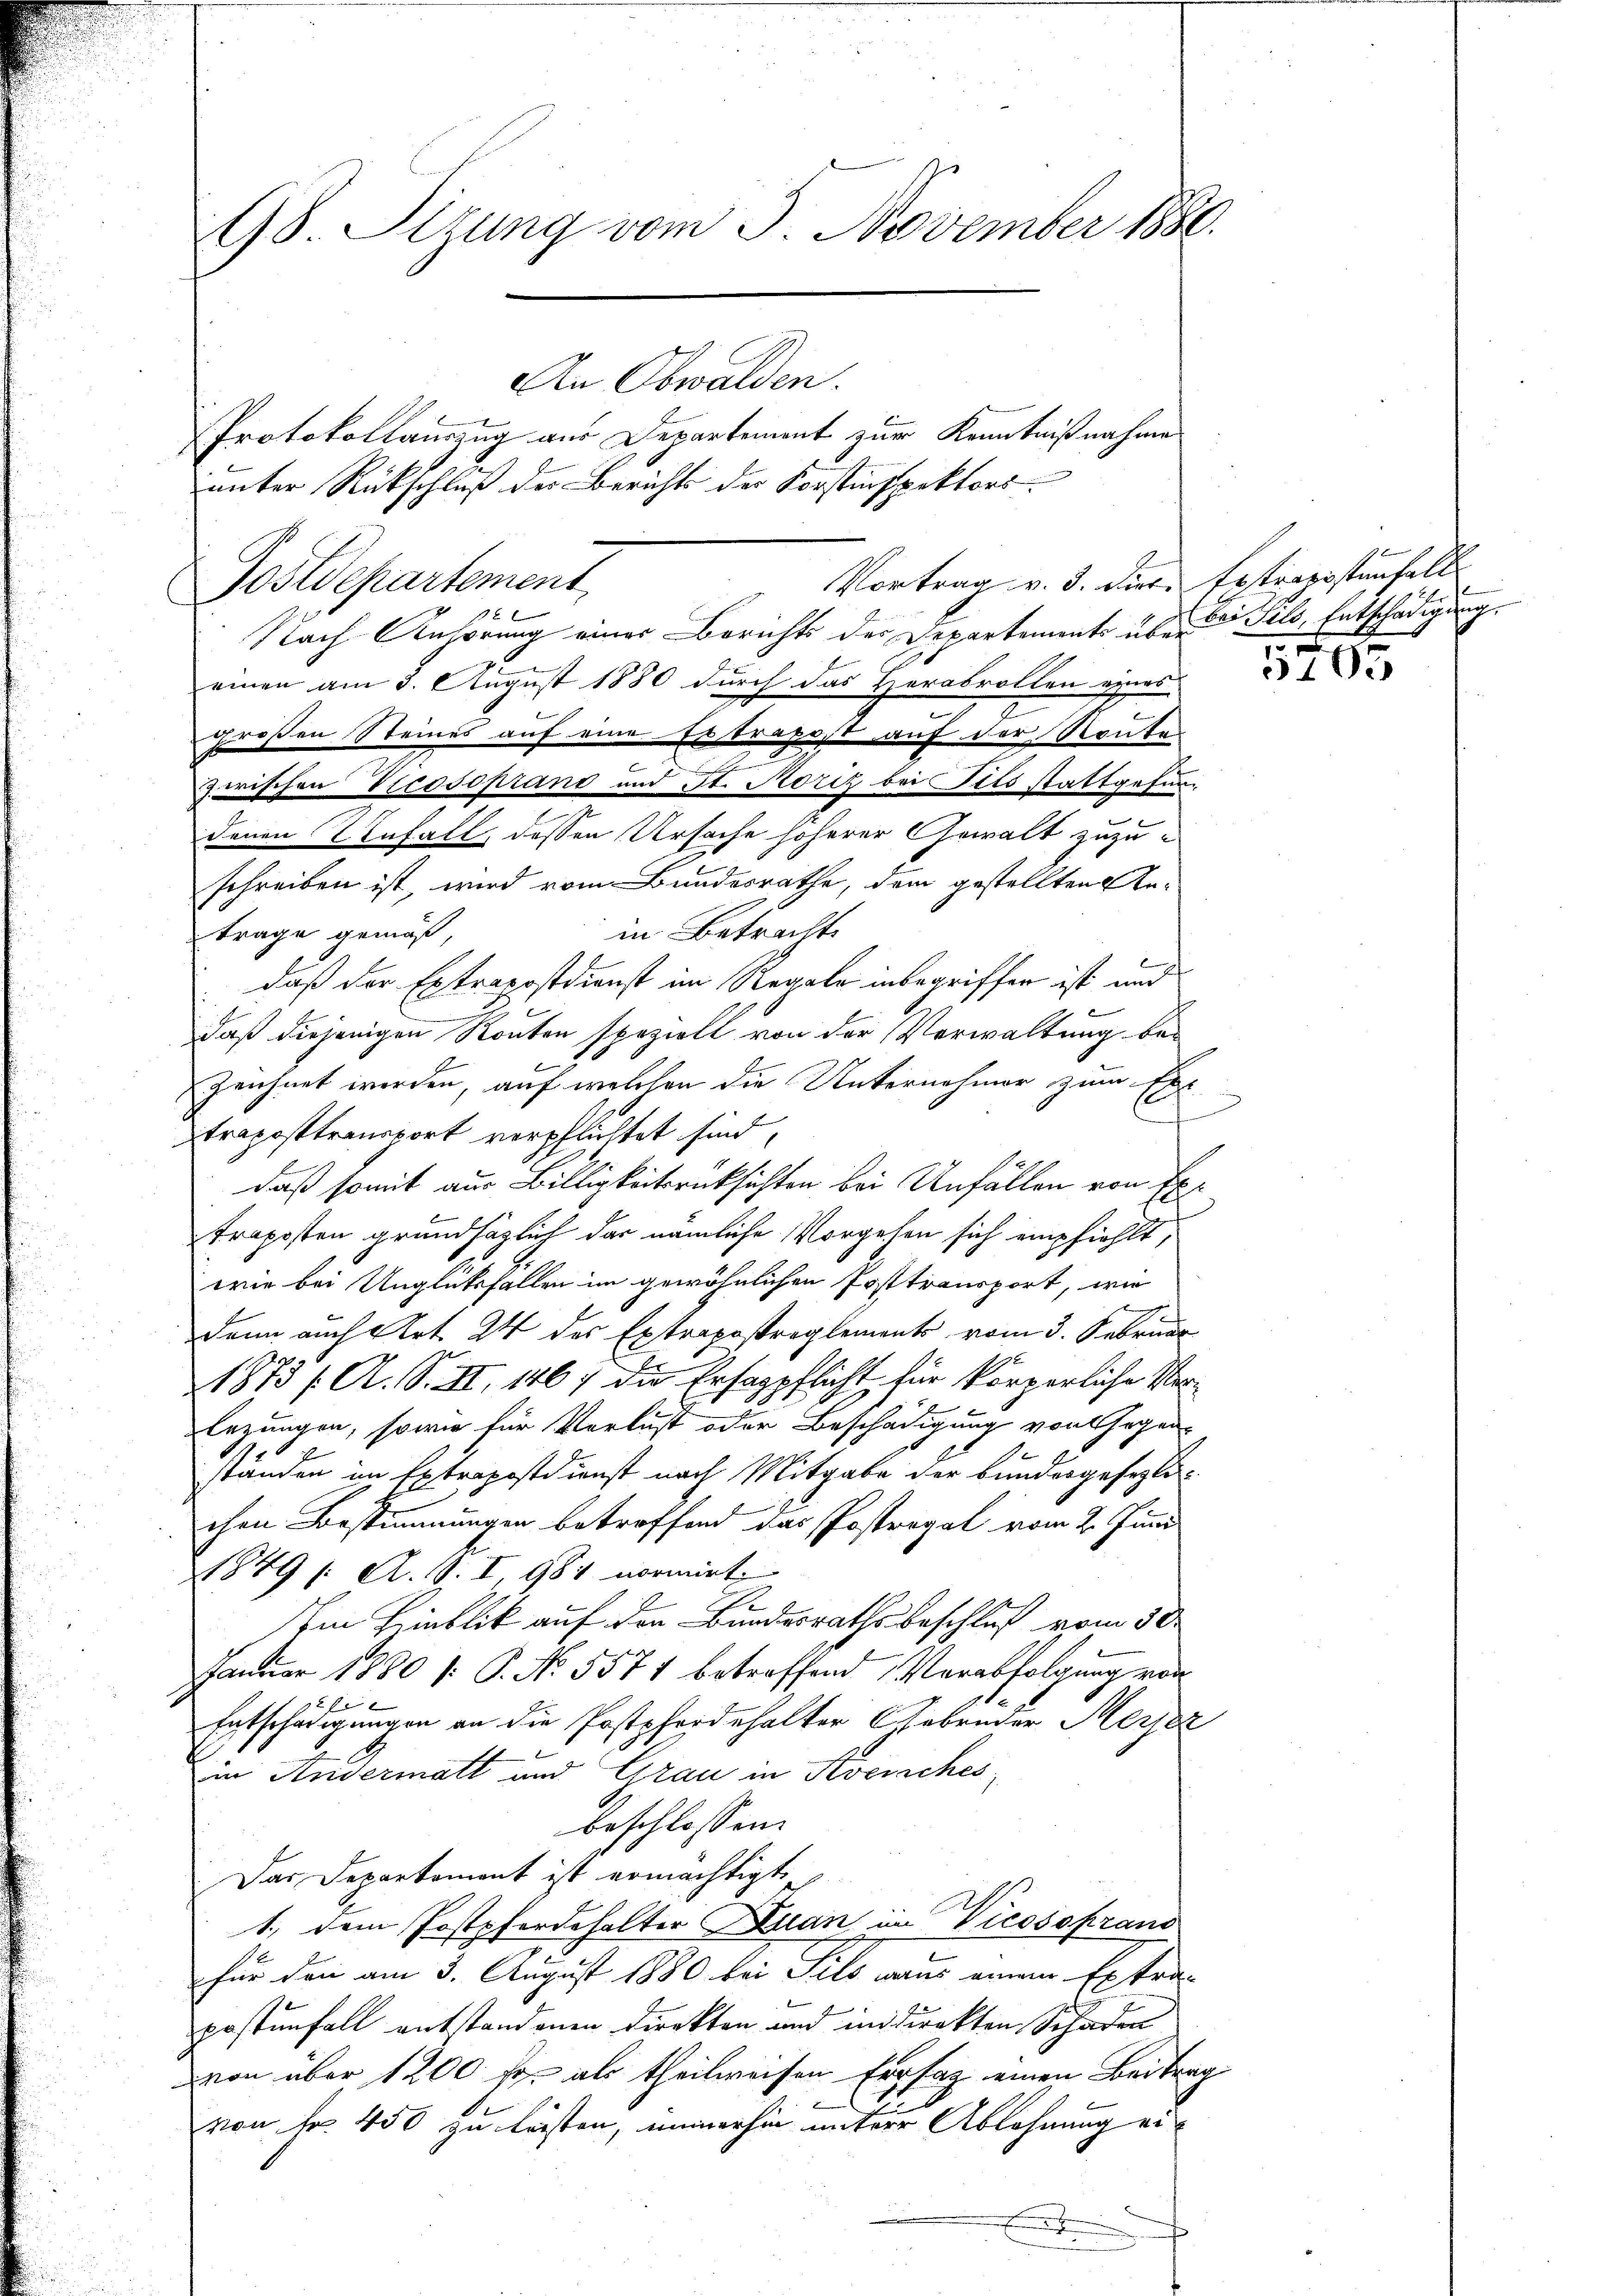
98 Sizung vom 3. November 1886.
An Obwalden.

Vortrag v. 3. diese Erstraristenfell
Postdepartement,

Nach Anhörung einer Berichts der Departements über Pils, Entschädigung.
einen am 3. August 1880 durch das Herabrollen eines
großen Steines auf eine Ertrages auf der Routes
zwischen Vicosoprand und St. Moriz bei Tils stattgefundenen Infall, dessen Ursache höherer Gewalt zuzuschreiben ist, wird vom Bundesrathe, dem gestellten Anin Betracht.
trage gemäß,
daß der Extrapostdienst im Regale inbegriffen ist und
daß diejenigen Routen spezielt von der Verwaltung be-
zeichnet werden, auf welchen die Unternehmer zum Ers
.
traposttransport verpflichtet sind,
daß somit aus Billigkeitsrücksichten bei Unfällen von Extraposten grundhäzlich das nämliche Vorgehen sich empfiehlt,
wie bei Unglüksfallen im gewöhnlichen Posttransport, wie
dann auch Art. 24 des Extrapostreglements vom 3. Februar
1873 f. A. S. II. 146) die Ersappflicht für körperliche Ver¬
Eezungen, sowie für Verlust oder Beschädigung von Gegen-
ständen im Extrapostdienst nach Mitgabe der bundergesezlichen Bestimmungen betroffend das Postropal vom 2. Juni
1849 /: A. S. I, 981 normirt.
E
Im Hinblik auf den Bundesrathsbeschluß vom 30.
Januar 1880 /: P. No. 5571 betreffend Verabfolgung von
92
Entschädigungen an die Postpferdehalter Gebrüder Merjez
“
in Anvermatt und Grau in Avenches
beschlossen:
Das Departement ist ermächtigt
1.) Dem Postpferdehalter Quan im Vicosoprand
für den am 3. August 1880 bei Sils aus einem Extra-
postenfall entstandenen Direkten und in direkten Schaden
von über 1200 fr. als theilweisen Ersaz einen Beitrag
von Nr. 450 zu leisten, immerhin unterer Ablehnung eie

Protokollauszug aus Departement zur Kenntnißnahme
unter Rückschluß des Berichts der Forstinspektors

5705